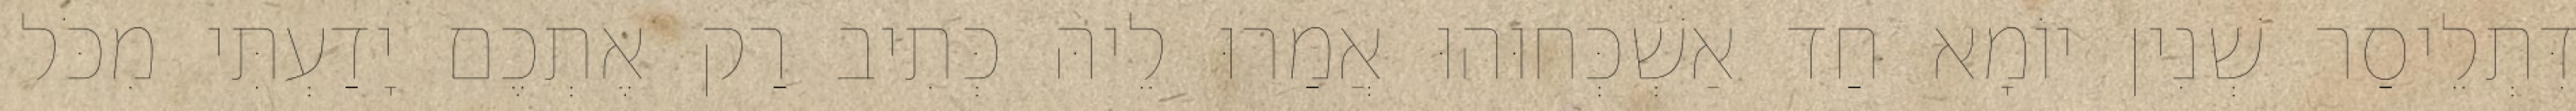
דִּתְלֵיסַר שְׁנִין יוֹמָא חַד אַשְׁכְּחוּהוּ אֲמַרוּ לֵיהּ כְּתִיב רַק אֶתְכֶם יָדַעְתִּי מִכֹּל